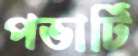
পভার্টি